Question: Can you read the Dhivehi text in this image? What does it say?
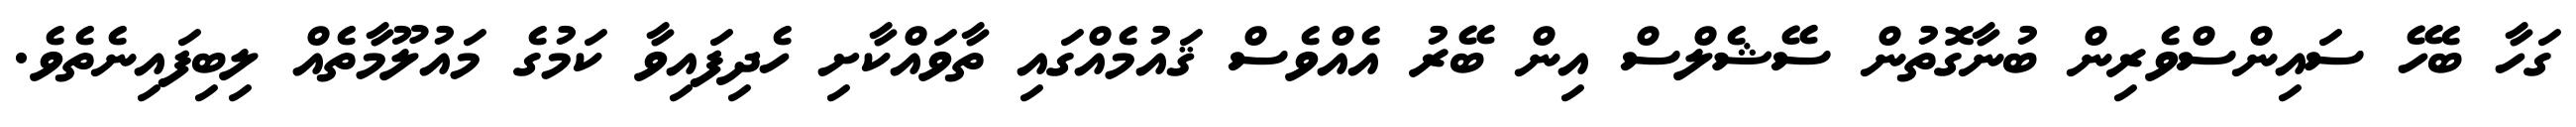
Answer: ގަހާ ބެހޭ ސައިންސްވެރިން ބުނާގޮތުން ސޭޝެލްސް އިން ބޭރު އެއްވެސް ޤައުމެއްގައި ތާވައްކާށި ހެދިފައިވާ ކަމުގެ މައުލޫމާތެއް ލިބިފައިނެތެވެ.